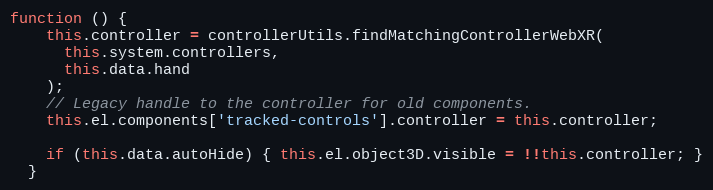
Language: JavaScript
function () {
    this.controller = controllerUtils.findMatchingControllerWebXR(
      this.system.controllers,
      this.data.hand
    );
    // Legacy handle to the controller for old components.
    this.el.components['tracked-controls'].controller = this.controller;

    if (this.data.autoHide) { this.el.object3D.visible = !!this.controller; }
  }